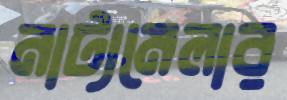
নাট্যমেলার